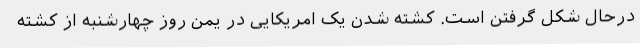
درحال شکل گرفتن است. کشته شدن یک امریکایی در یمن روز چهارشنبه از کشته